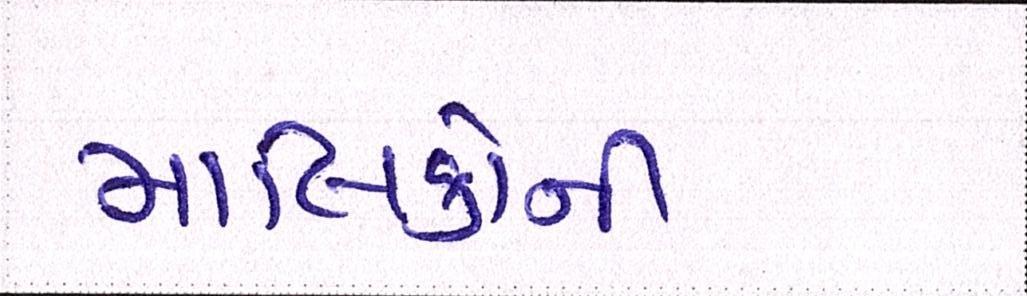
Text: માલિકોની